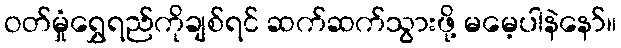
ဝတ်မှုံရွှေရည်ကိုချစ်ရင် ဆက်ဆက်သွားဖို့ မမေ့ပါနဲနော်။